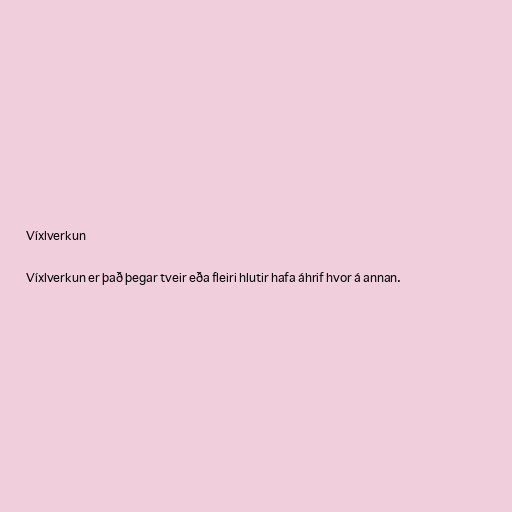
Víxlverkun

Víxlverkun er það þegar tveir eða fleiri hlutir hafa áhrif hvor á annan.